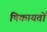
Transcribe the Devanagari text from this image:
षिकायतों